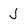
Character: J